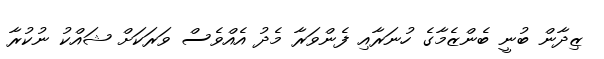
ޒިދާން ބުނީ ބެންޒެމާގެ ހުނަރާއި ފެންވަރާ މެދު އެއްވެސް ވަރަކަށް ޝައްކު ނުކުރާ